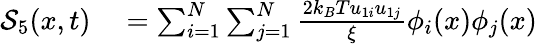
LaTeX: \begin{array}{rl}{\mathcal{S}_{5}(x,t)}&{{}=\sum_{i=1}^{N}\sum_{j=1}^{N}\frac{2k_{B}Tu_{1i}u_{1j}}{\xi}\phi_{i}(x)\phi_{j}(x)}\end{array}